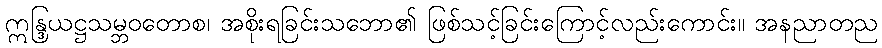
ဣန္ဒြယဋ္ဌသမ္ဘဝတောစ၊ အစိုးရခြင်းသဘော၏ ဖြစ်သင့်ခြင်းကြောင့်လည်းကောင်း။ အနညာတည